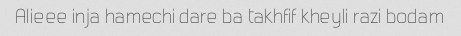
Alieee inja hamechi dare ba takhfif kheyli razi bodam